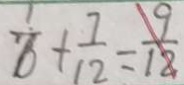
\frac { 1 } { 6 } + \frac { 7 } { 1 2 } = \frac { 9 } { 1 2 }